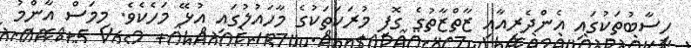
ހިސާބުތަކުގައި އެންދެރިއާއި ޒާތްޒާތުގެ ގޮފި މުރަކަތަކުގެ މާހައުލުގައި އުޅޭ މަހެކެވެ. މިމަސް އާންމު